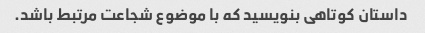
داستان کوتاهی بنویسید که با موضوع شجاعت مرتبط باشد.